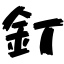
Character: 釘